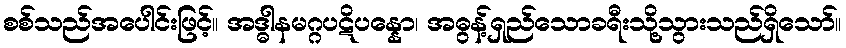
စစ်သည်အပေါင်းဖြင့်။ အဒ္ဓါနမဂ္ဂပဋိပန္နော၊ အဓွန့်ရှည်သောခရီးသို့သွားသည်ရှိသော်။